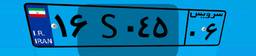
۲۴S۸۴۴۶۲